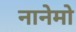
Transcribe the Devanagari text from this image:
नानेमो